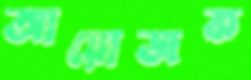
আয়োজক